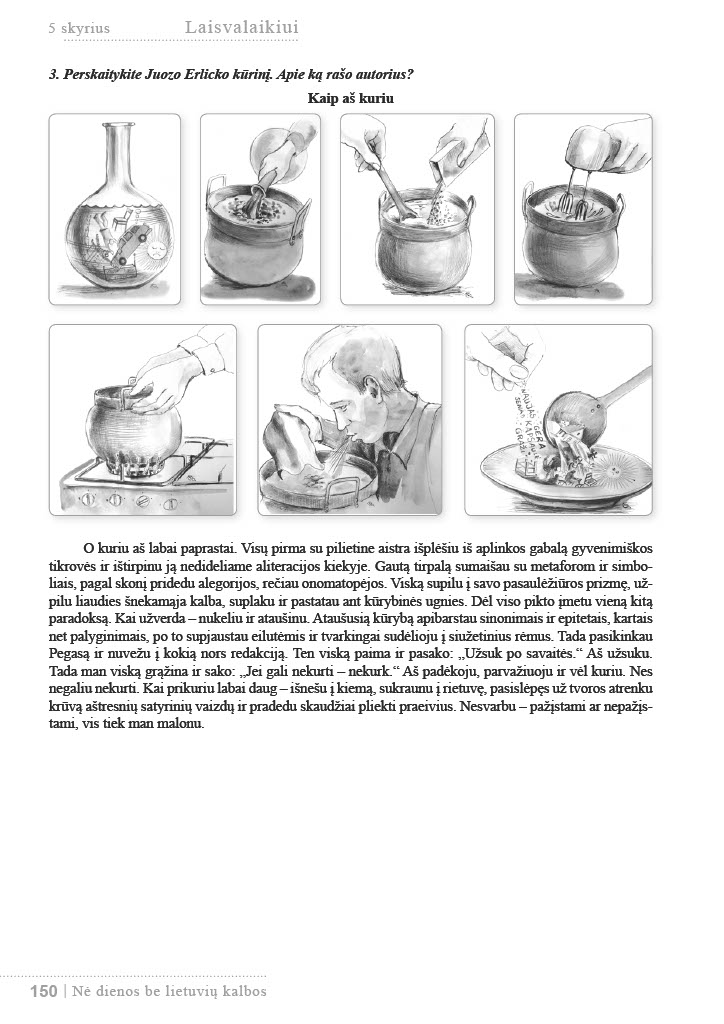
Language: lt